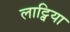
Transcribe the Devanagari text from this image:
लाट्विया